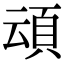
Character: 𮨀